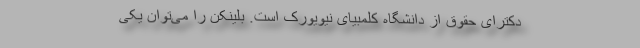
دکترای حقوق از دانشگاه کلمبیای نیویورک است. بلینکن را می‌توان یکی